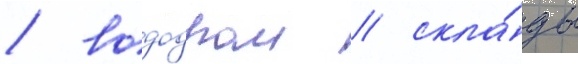
/ вододром / скла́ды